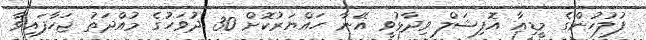
ފުލުހުންގެ މީޑިއާ އޮފިޝަލް ވިދާޅުވީ އޭނާ ހައްޔަރުކޮށް 30 ދުވަހުގެ މުއްދަތު ޖަހާފައިވާ